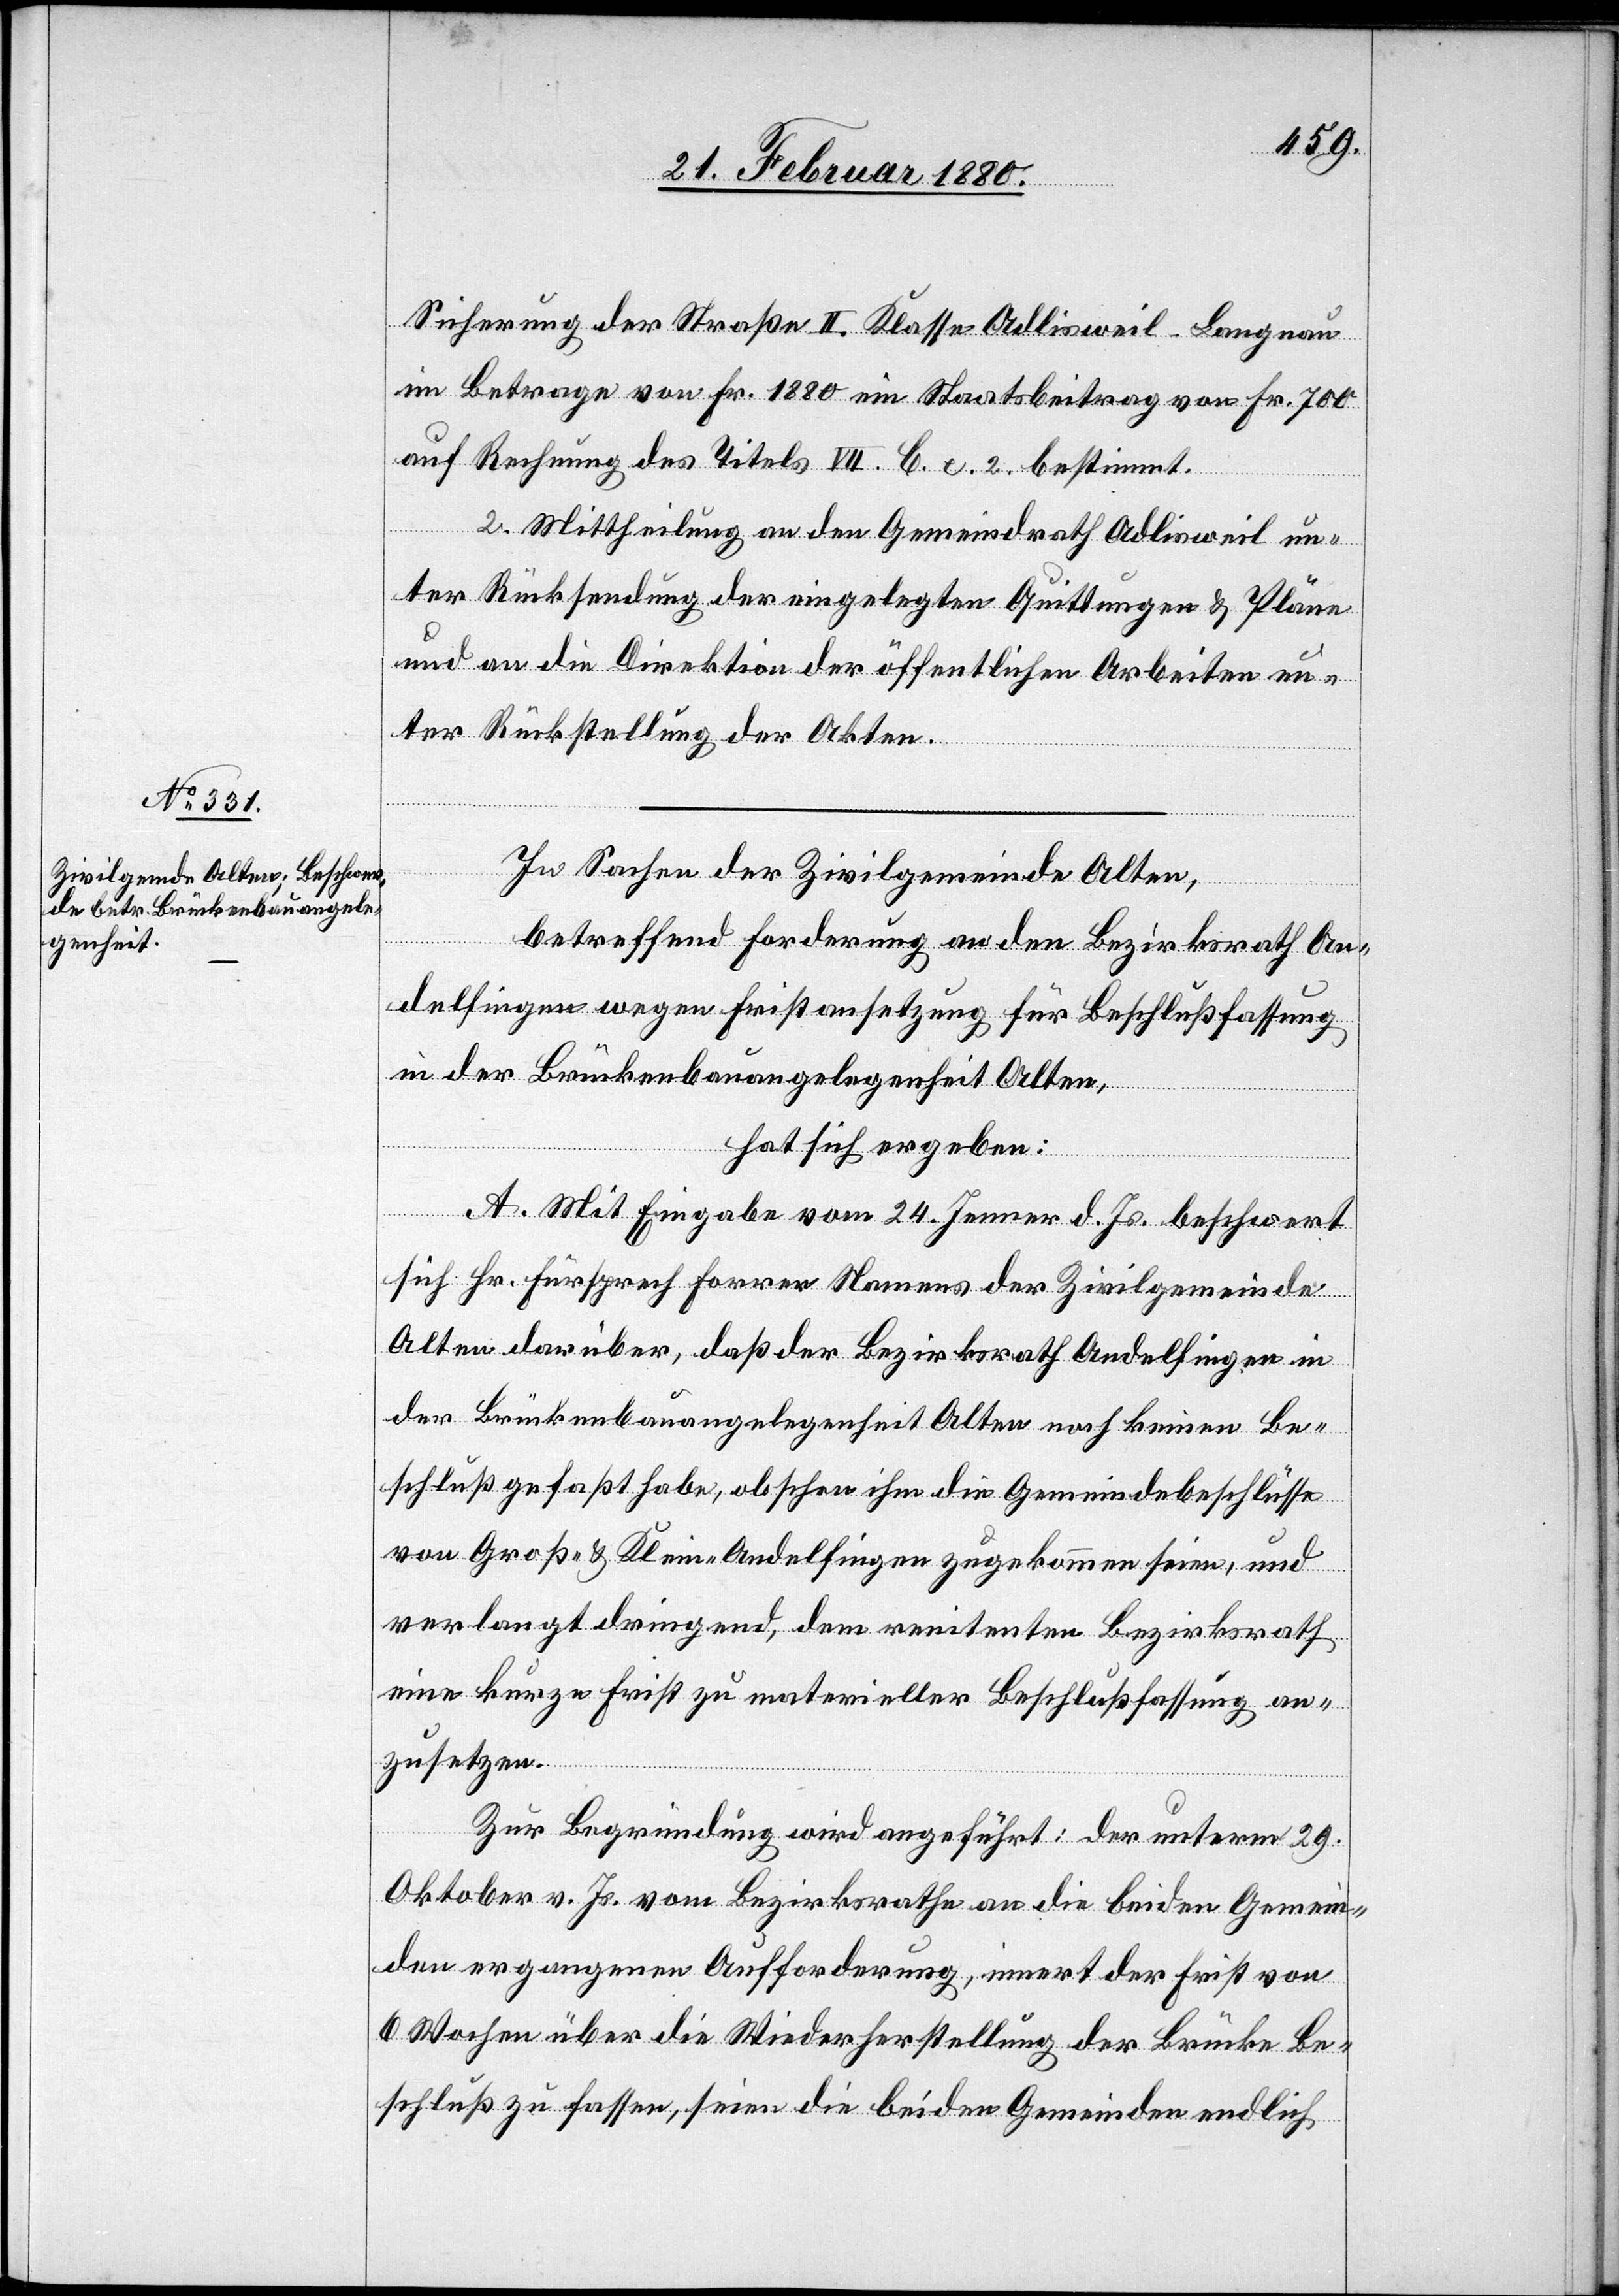
Sicherung der Straße II. Klasse Adlisweil–Langnau
im Betrage von Fr. 1880 ein Staatsbeitrag von Fr. 700
auf Rechnung des Titels VII. C. c. 2. bestimmt.
2. Mittheilung an den Gemeindrath Adlisweil un¬
ter Rücksendung der eingelegten Quittungen & Pläne
und an die Direktion der öffentlichen Arbeiten un¬
ter Rückstellung der Akten.
In Sachen der Zivilgemeinde Olten,
betreffend Forderung an den Bezirksrath An¬
delfingen wegen Fristansetzung für Beschlußfassung
in der Brückenbauangelegenheit Olten,
hat sich ergeben:
A. Mit Eingabe vom 24. Jenner d. Js. beschwert
sich Hr. Fürsprech Forrer Namens der Zivilgemeinde
Olten darüber, daß der Bezirksrath Andelfingen in
der Brückenbauangelegenheit Olten noch keinen Be¬
schluß gefaßt habe, obschon ihm die Gemeindebeschlüsse
von Groß- & Klein-Andelfingen zugekommen seien, und
verlangt dringend, dem renitenten Bezirksrath
eine kurze Frist zu materieller Beschlußfassung an¬
zusetzen.
Zur Begründung wird angeführt: der unterm 29.
Oktober v. Js. vom Bezirksrathe an die beiden Gemein¬
den ergangenen Aufforderung, innert der Frist von
6 Wochen über die Wiederherstellung der Brücke Be¬
schluß zu fassen, seien die beiden Gemeinden endlich